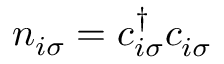
n _ { i \sigma } = c _ { i \sigma } ^ { \dagger } c _ { i \sigma } ^ { \vphantom \dagger }